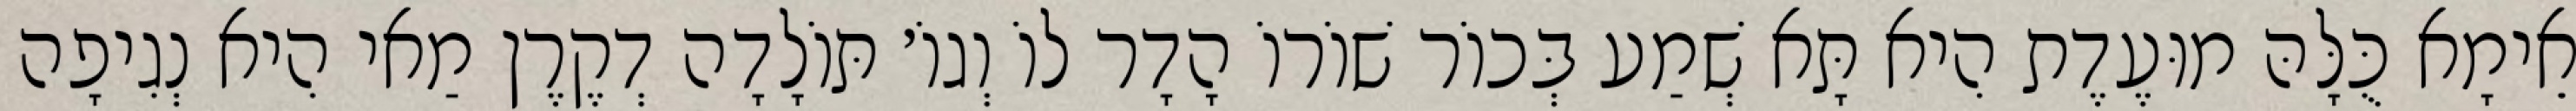
אֵימָא כֻּלָּהּ מוּעֶדֶת הִיא תָּא שְׁמַע בְּכוֹר שׁוֹרוֹ הָדָר לוֹ וְגוֹ׳ תּוֹלָדָה דְקֶרֶן מַאי הִיא נְגִיפָה